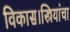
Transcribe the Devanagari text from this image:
विकास।स्त्रियांचा